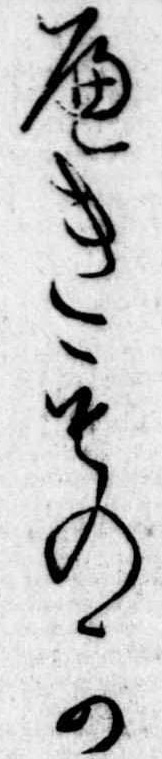
へきものか